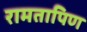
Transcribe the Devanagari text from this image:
रामतापिण